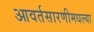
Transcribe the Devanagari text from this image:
आवर्तसारणीमधल्या